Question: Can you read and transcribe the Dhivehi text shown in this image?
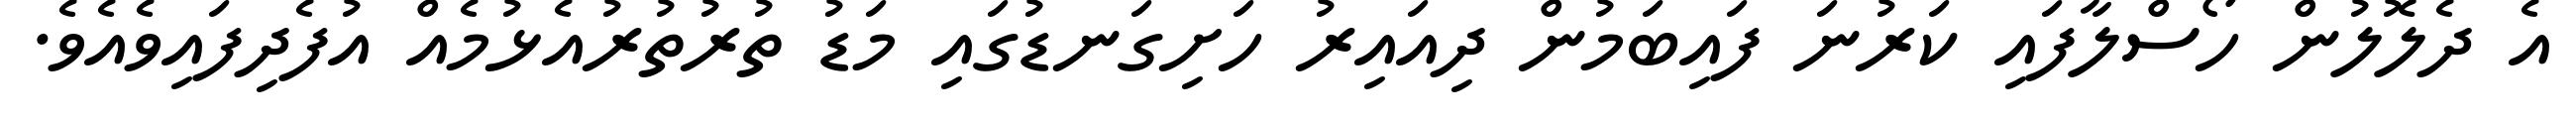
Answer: އެ ދެލޮލުން ހޯސްލާފައި ކަރުނަ ފައިބަމުން ދިއައިރު ހަށިގަނޑުގައި މަޑު ތުރުތުރުއެޅުމެއް އުފެދިފައިވެއެވެ.